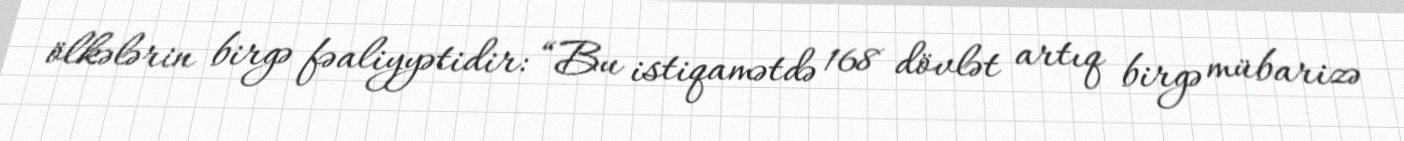
ölkələrin birgə fəaliyyətidir: “Bu istiqamətdə 168 dövlət artıq birgə mübarizə